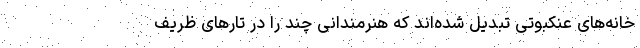
خانه‌های عنکبوتی تبدیل شده‌اند که هنرمندانی چند را در تارهای ظریف